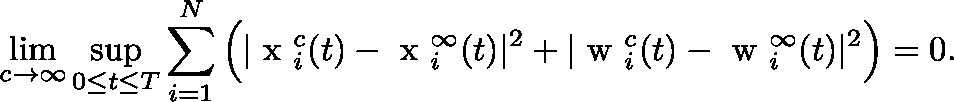
\operatorname* { l i m } _ { c \to \infty } \operatorname* { s u p } _ { 0 \leq t \leq T } \sum _ { i = 1 } ^ { N } \Big ( | \mathrm { \boldmath ~ x ~ } _ { i } ^ { c } ( t ) - \mathrm { \boldmath ~ x ~ } _ { i } ^ { \infty } ( t ) | ^ { 2 } + | \mathrm { \boldmath ~ w ~ } _ { i } ^ { c } ( t ) - \mathrm { \boldmath ~ w ~ } _ { i } ^ { \infty } ( t ) | ^ { 2 } \Big ) = 0 .